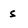
Character: s